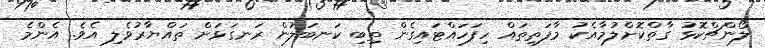
ލޯންޗްކޮޅު ގާތްކޮށްލުމާއެކު މާފަތިތައް ހިފަހައްޓައިގެން ތިބި ކަނބަލުން ރަނގަޅަށް ތައްޔާރުވެލި އެވެ. އެންމެ